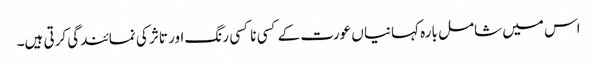
اس میں شامل بارہ کہانیا ں عورت کے کسی نا کسی رنگ اور تاثر کی نمائندگی کرتی ہیں۔